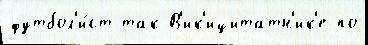
футбол'и́ст так В'ик'ицитатн'ик'е по